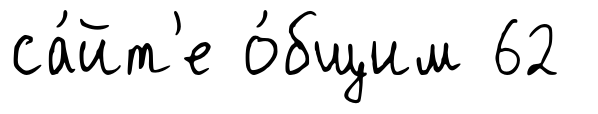
са́йт'е о́бщим 62